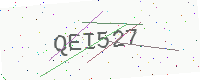
Text: QEI527